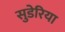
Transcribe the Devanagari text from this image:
सुडेरिया